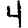
Digit: 4